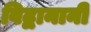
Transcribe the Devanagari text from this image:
विद्वानानी